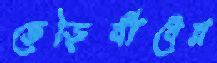
ভেড়িবাঁধের